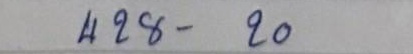
428 - 20